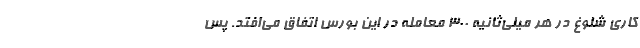
کاری شلوغ در هر میلی‌ثانیه 300 معامله در این بورس اتفاق می‌افتد. پس